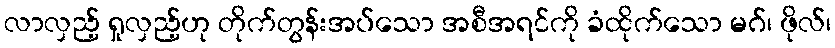
လာလှည့် ရှုလှည့်ဟု တိုက်တွန်းအပ်သော အစီအရင်ကို ခံထိုက်သော မဂ်၊ ဖိုလ်၊